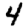
Digit: 4